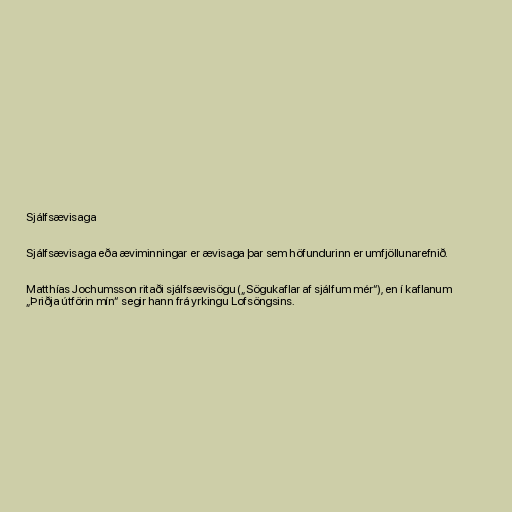
Sjálfsævisaga

Sjálfsævisaga eða æviminningar er ævisaga þar sem höfundurinn er umfjöllunarefnið.

Matthías Jochumsson ritaði sjálfsævisögu („Sögukaflar af sjálfum mér“), en í kaflanum
„Þriðja útförin mín“ segir hann frá yrkingu Lofsöngsins.